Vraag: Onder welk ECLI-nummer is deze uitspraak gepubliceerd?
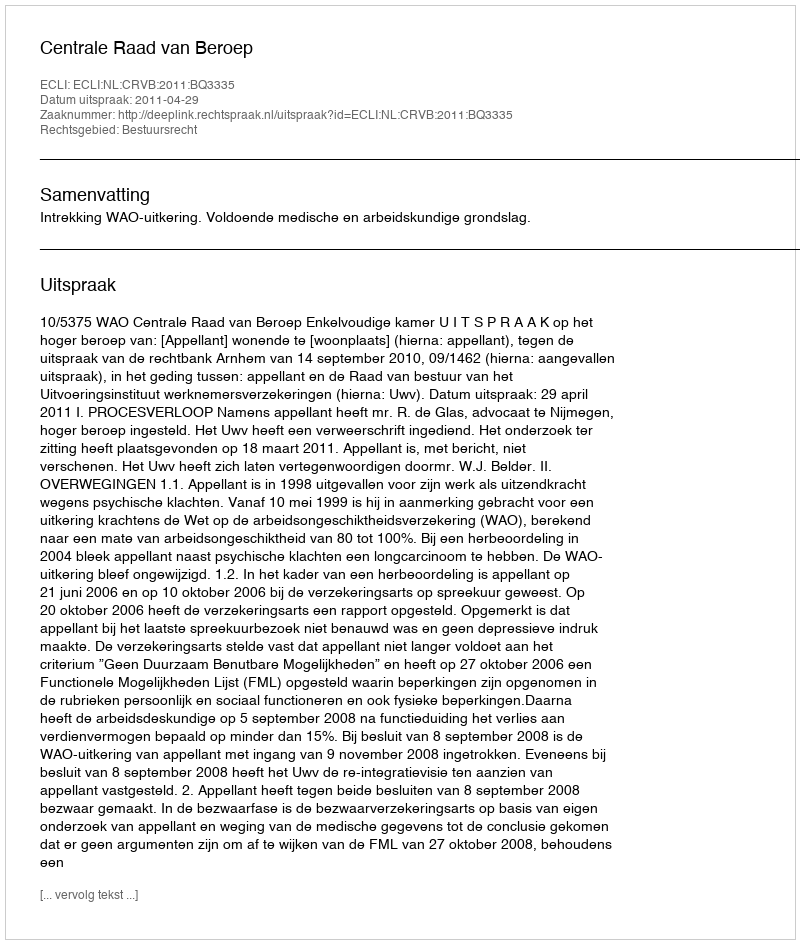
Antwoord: ECLI:NL:CRVB:2011:BQ3335